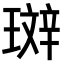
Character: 𤨘